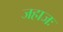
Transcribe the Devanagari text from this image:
जहाजः